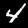
Digit: 4